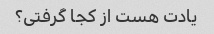
یادت هست از کجا گرفتی؟